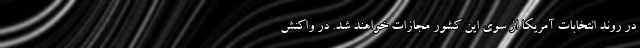
در روند انتخابات آمریکا از سوی این کشور مجازات خواهند شد. در واکنش